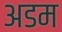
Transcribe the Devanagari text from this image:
अडम